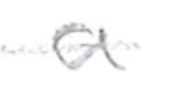
Text: a
Cross-out: single-line
Writing tool: pencil